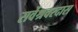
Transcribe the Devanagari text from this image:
सर्वेश्रवरदास